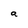
Character: a